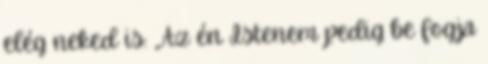
elég neked is: „Az én Istenem pedig be fogja